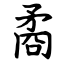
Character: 矞